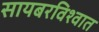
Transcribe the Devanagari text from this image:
सायबरविश्वात